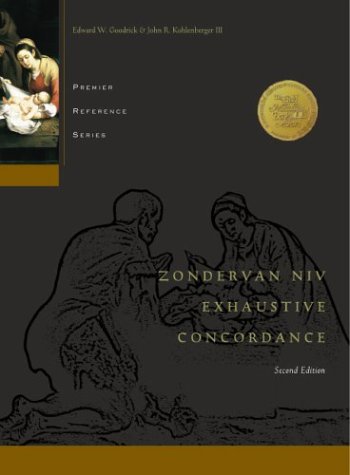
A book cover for Zondervan NIV Exhaustive Concordance; Zondervan Publishing; Christian Books & Bibles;